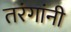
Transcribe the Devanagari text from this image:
तरंगांनी